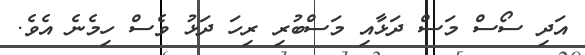
އަދި ސޯސް މަސް ދަޅާއި މަސްބުރި ރިހަ ދަޅު ވެސް ހިމެނެ އެވެ.